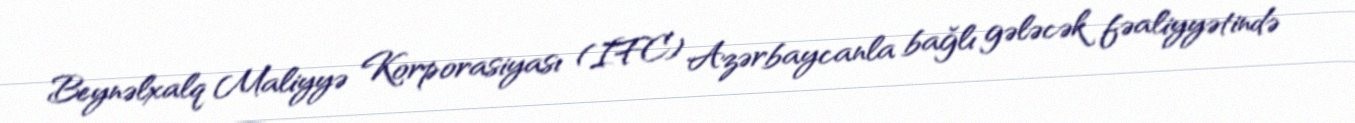
Beynəlxalq Maliyyə Korporasiyası (IFC) Azərbaycanla bağlı gələcək fəaliyyətində